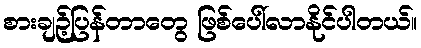
စားချဉ့်ပြန်တာတွေ ဖြစ်ပေါ်လာနိုင်ပါတယ်။